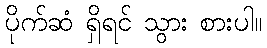
ပိုက်ဆံ ရှိရင် သွား စားပါ။